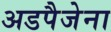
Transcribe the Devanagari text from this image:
अडपैजेना